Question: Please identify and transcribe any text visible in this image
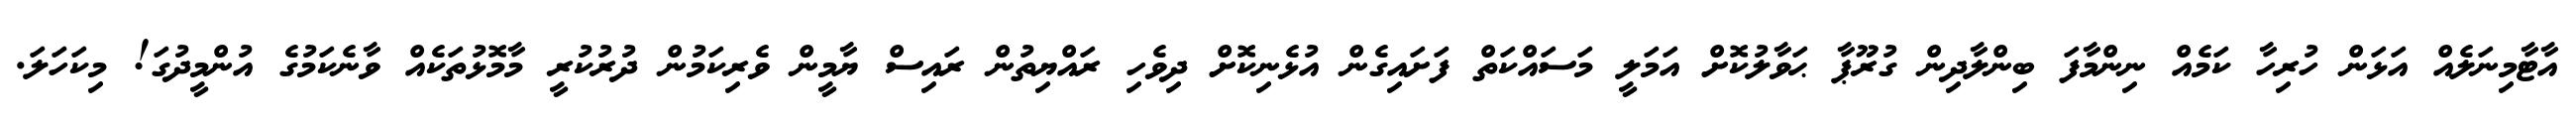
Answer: އާޓާމިނަލެއް އަޅަން ހުރިހާ ކަމެއް ނިންމާފަ ބިންލާދިން ގުރޫޕާ ޙަވާލުކޮށް އަމަލީ މަސައްކަތް ފަށައިގެން އުޅެނިކޮށް ދިވެހި ރައްޔިތުން ރައިސް ޔާމީން ވެރިކަމުން ދުރުކުރީ މާމޮޅުތަކެއް ވާނެކަމުގެ އުންމީދުގަ! މިކަހަލަ.